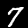
Digit: 7